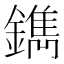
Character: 鐫